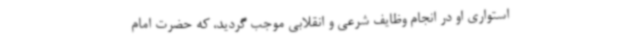
استواری او در انجام وظایف شرعی و انقلابی موجب گردید، که حضرت امام